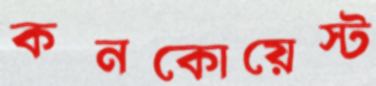
কনকোয়েস্ট